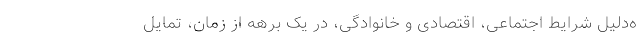
ه‌دلیل شرایط اجتماعی، اقتصادی و خانوادگی، در یک برهه‌‌ از زمان، تمایل